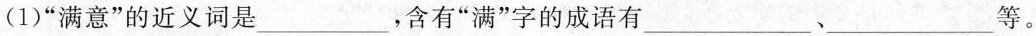
(1) ”满意”的近义词是___，含有”满”字的成语有___、___等。